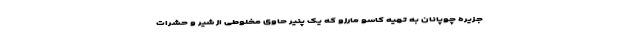
جزیره چوپانان به تهیه کاسو مارزو که یک پنیر حاوی مخلوطی از شیر و حشرات